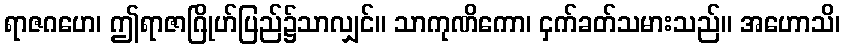
ရာဇဂဟေ၊ ဤရာဇာဂြိုဟ်ပြည်၌သာလျှင်။ သာကုဏိကော၊ ငှက်ခတ်သမားသည်။ အဟောသိ၊